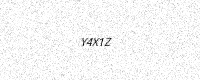
Text: Y4X1Z